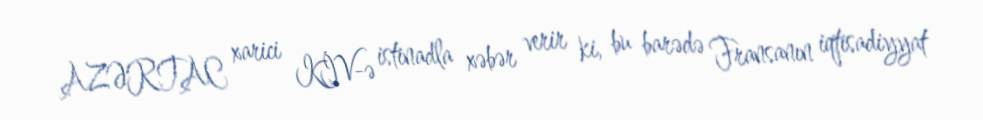
AZƏRTAC xarici KİV-ə istinadla xəbər verir ki, bu barədə Fransanın iqtisadiyyat